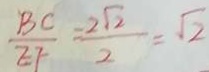
\frac { B C } { E F } = \frac { 2 \sqrt { 2 } } { 2 } = \sqrt { 2 }